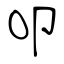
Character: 叩